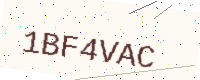
Text: 1BF4VAC